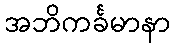
အဘိကင်္ခမာနာ